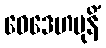
ဝေဒေဟမုနိံ